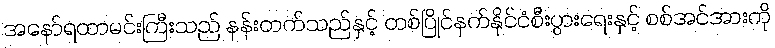
အနော်ရထာမင်းကြီးသည် နန်းတက်သည်နှင့် တစ်ပြိုင်နက်နိုင်ငံစီးပွားရေးနှင့် စစ်အင်အားကို